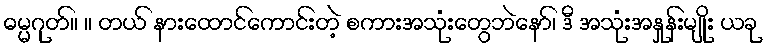
ဓမ္မဂုတ်။ ။ တယ် နားထောင်ကောင်းတဲ့ စကားအသုံးတွေဘဲနော်၊ ဒီ အသုံးအနှုန်းမျိုး ယခု